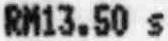
RM13.50 S